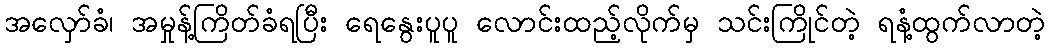
အလှော်ခံ၊ အမှုန့်ကြိတ်ခံရပြီး ရေနွေးပူပူ လောင်းထည့်လိုက်မှ သင်းကြိုင်တဲ့ ရနံ့ထွက်လာတဲ့